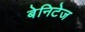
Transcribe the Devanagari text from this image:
बेनिटेज